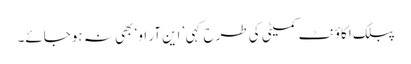
پبلک اکاؤنٹ کمیٹی کی طرح کہی ’ این آر او‘ بھی نہ ہوجائے۔